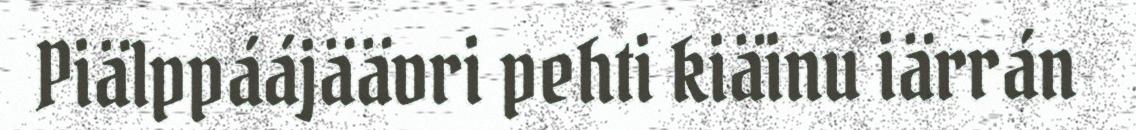
Piälppáájäävri pehti kiäinu iärrán